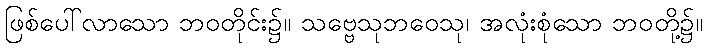
ဖြစ်ပေါ်လာသော ဘဝတိုင်း၌။ သဗ္ဗေသုဘဝေသု၊ အလုံးစုံသော ဘဝတို့၌။